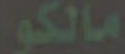
مالكو